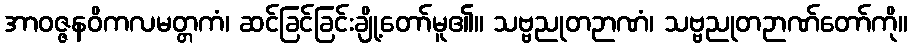
အာဝဇ္ဇနဝိကလမတ္တကံ၊ ဆင်ခြင်ခြင်းချို့တော်မူ၏။ သဗ္ဗညုတဉာဏံ၊ သဗ္ဗညုတဉာဏ်တော်ကို။